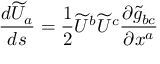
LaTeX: { \frac { d { \widetilde { U } } _ { a } } { d s } } = { \frac { 1 } { 2 } } { \widetilde { U } } ^ { b } { \widetilde { U } } ^ { c } { \frac { \partial { \widetilde { g } } _ { b c } } { \partial x ^ { a } } }